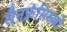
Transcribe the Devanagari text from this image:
सैनफ्रंसिस्को